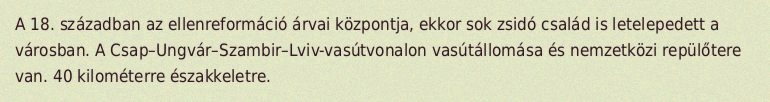
A 18. században az ellenreformáció árvai központja, ekkor sok zsidó család is letelepedett a városban. A Csap–Ungvár–Szambir–Lviv-vasútvonalon vasútállomása és nemzetközi repülőtere van. 40 kilométerre északkeletre.